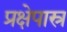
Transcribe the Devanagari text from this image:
प्रक्षेपास्र